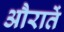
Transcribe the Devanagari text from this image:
औरातें